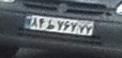
۸۴ط۷۶۷۷۷